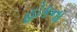
હોકના